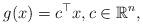
LaTeX: \begin{align*}g(x) = c^\top x, c\in\mathbb{R}^n,\end{align*}